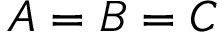
A = B = C